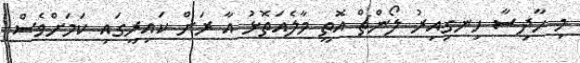
މި ހާދިސާ ހިނގިއިރު ލޯންޗް އޮތީ މާލެއަތޮޅު އާ ރަށް ކައިރީގައި ކަމަށްވެސް